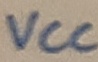
Text: VCC